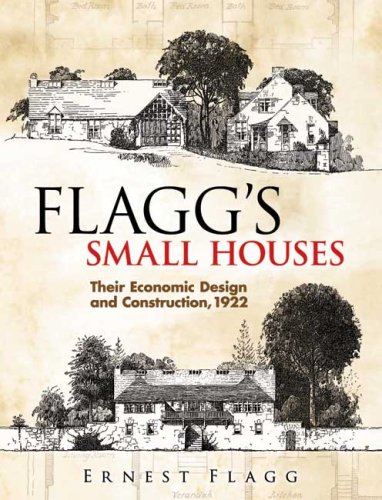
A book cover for Flagg's Small Houses: Their Economic Design and Construction, 1922 (Dover Architecture); Ernest Flagg; Crafts, Hobbies & Home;